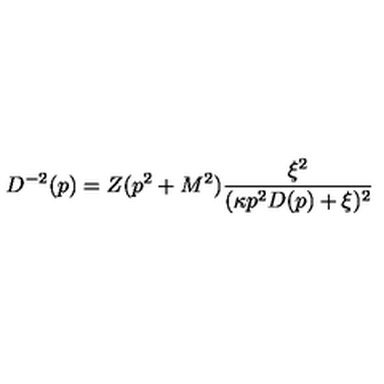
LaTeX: D ^ { - 2 } ( p ) = Z ( p ^ { 2 } + M ^ { 2 } ) \frac { \xi ^ { 2 } } { ( \kappa p ^ { 2 } D ( p ) + \xi ) ^ { 2 } }